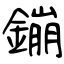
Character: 鏰